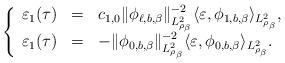
LaTeX: \begin{align*}\left\{ \begin{array}{rcl} \varepsilon_1 (\tau) &=& c_{1,0} \|\phi_{\ell, b, \beta}\|^{-2}_{L^2_{\rho_\beta}} \langle \varepsilon, \phi_{1, b, \beta} \rangle_{L^2_{\rho_\beta}},\\\varepsilon_1(\tau) & = & - \|\phi_{0, b, \beta}\|^{-2}_{L^2_{\rho_\beta}} \langle \varepsilon, \phi_{0, b, \beta} \rangle_{L^2_{\rho_\beta}}.\end{array}\right. \end{align*}